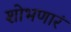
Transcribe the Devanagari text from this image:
शोभणारं